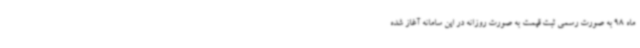
ماه 98 به صورت رسمی ثبت قیمت به صورت روزانه در این سامانه آغاز شده